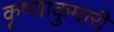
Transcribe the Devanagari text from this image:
कृष्णाकुमारी